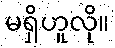
မရှိဟူလို။